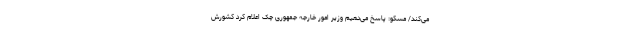
می‌کند/ مسکو: پاسخ می‌دهیم وزیر امور خارجه جمهوری چک اعلام کرد کشورش